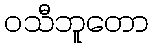
ဝသီဘူတော